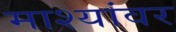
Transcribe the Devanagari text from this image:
माश्यांवर